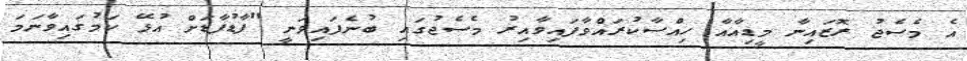
އެ މެސެޖު ރޮޒައިނާ މީޑިއާއާ ހިއްސާކުރައްވާފައިވާއިރު މެސެޖުގައި ބުނެފައިވަނީ "ފާޑުފާޑަށް އުޅޭ ކަމުގައިވާނަމަ